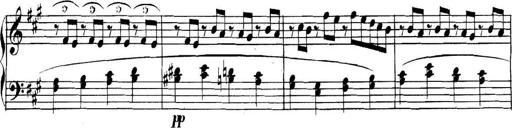
Title: Collected Piano Sonatas
Composer: Muzio Clementi